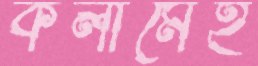
কলামেই